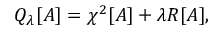
Q _ { \lambda } [ A ] = \chi ^ { 2 } [ A ] + \lambda R [ A ] ,